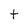
Character: t